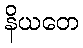
နိယတေ